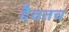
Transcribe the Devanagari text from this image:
दैवतच